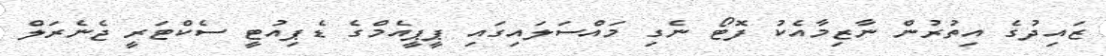
ޒައިދުގެ އިތުރުން ނާޒިމާއެކު ފޮޓޯ ނެގި މައްސަލައިގައި ޕީޕީއެމްގެ ޑެޕިއުޓީ ސެކްޓަރީ ޖެނެރަލް